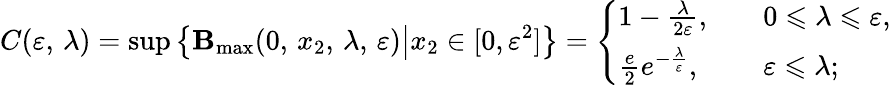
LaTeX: C(\varepsilon,\, \lambda)=\operatorname*{sup}\left\{ {\mathbf B}_{\operatorname*{max}}(0,\, x_{2},\, \lambda,\, \varepsilon)\big|x_{2}\in[0,\varepsilon^{2}]\right\} =\left\{ \begin{array}{ll}{1-\frac{\lambda}{2\varepsilon},}&{\quad 0\leqslant\lambda\leqslant\varepsilon,}\\ {\frac{e}{2}e^{-\frac{\lambda}{\varepsilon}},}&{\quad\varepsilon\leqslant\lambda;}\end{array}\right.